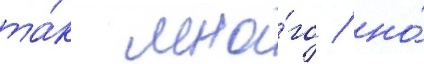
та́к мно́го / но́